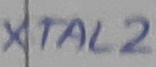
Text: XTAL2